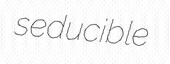
seducible